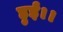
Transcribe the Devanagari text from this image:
हुईं।।